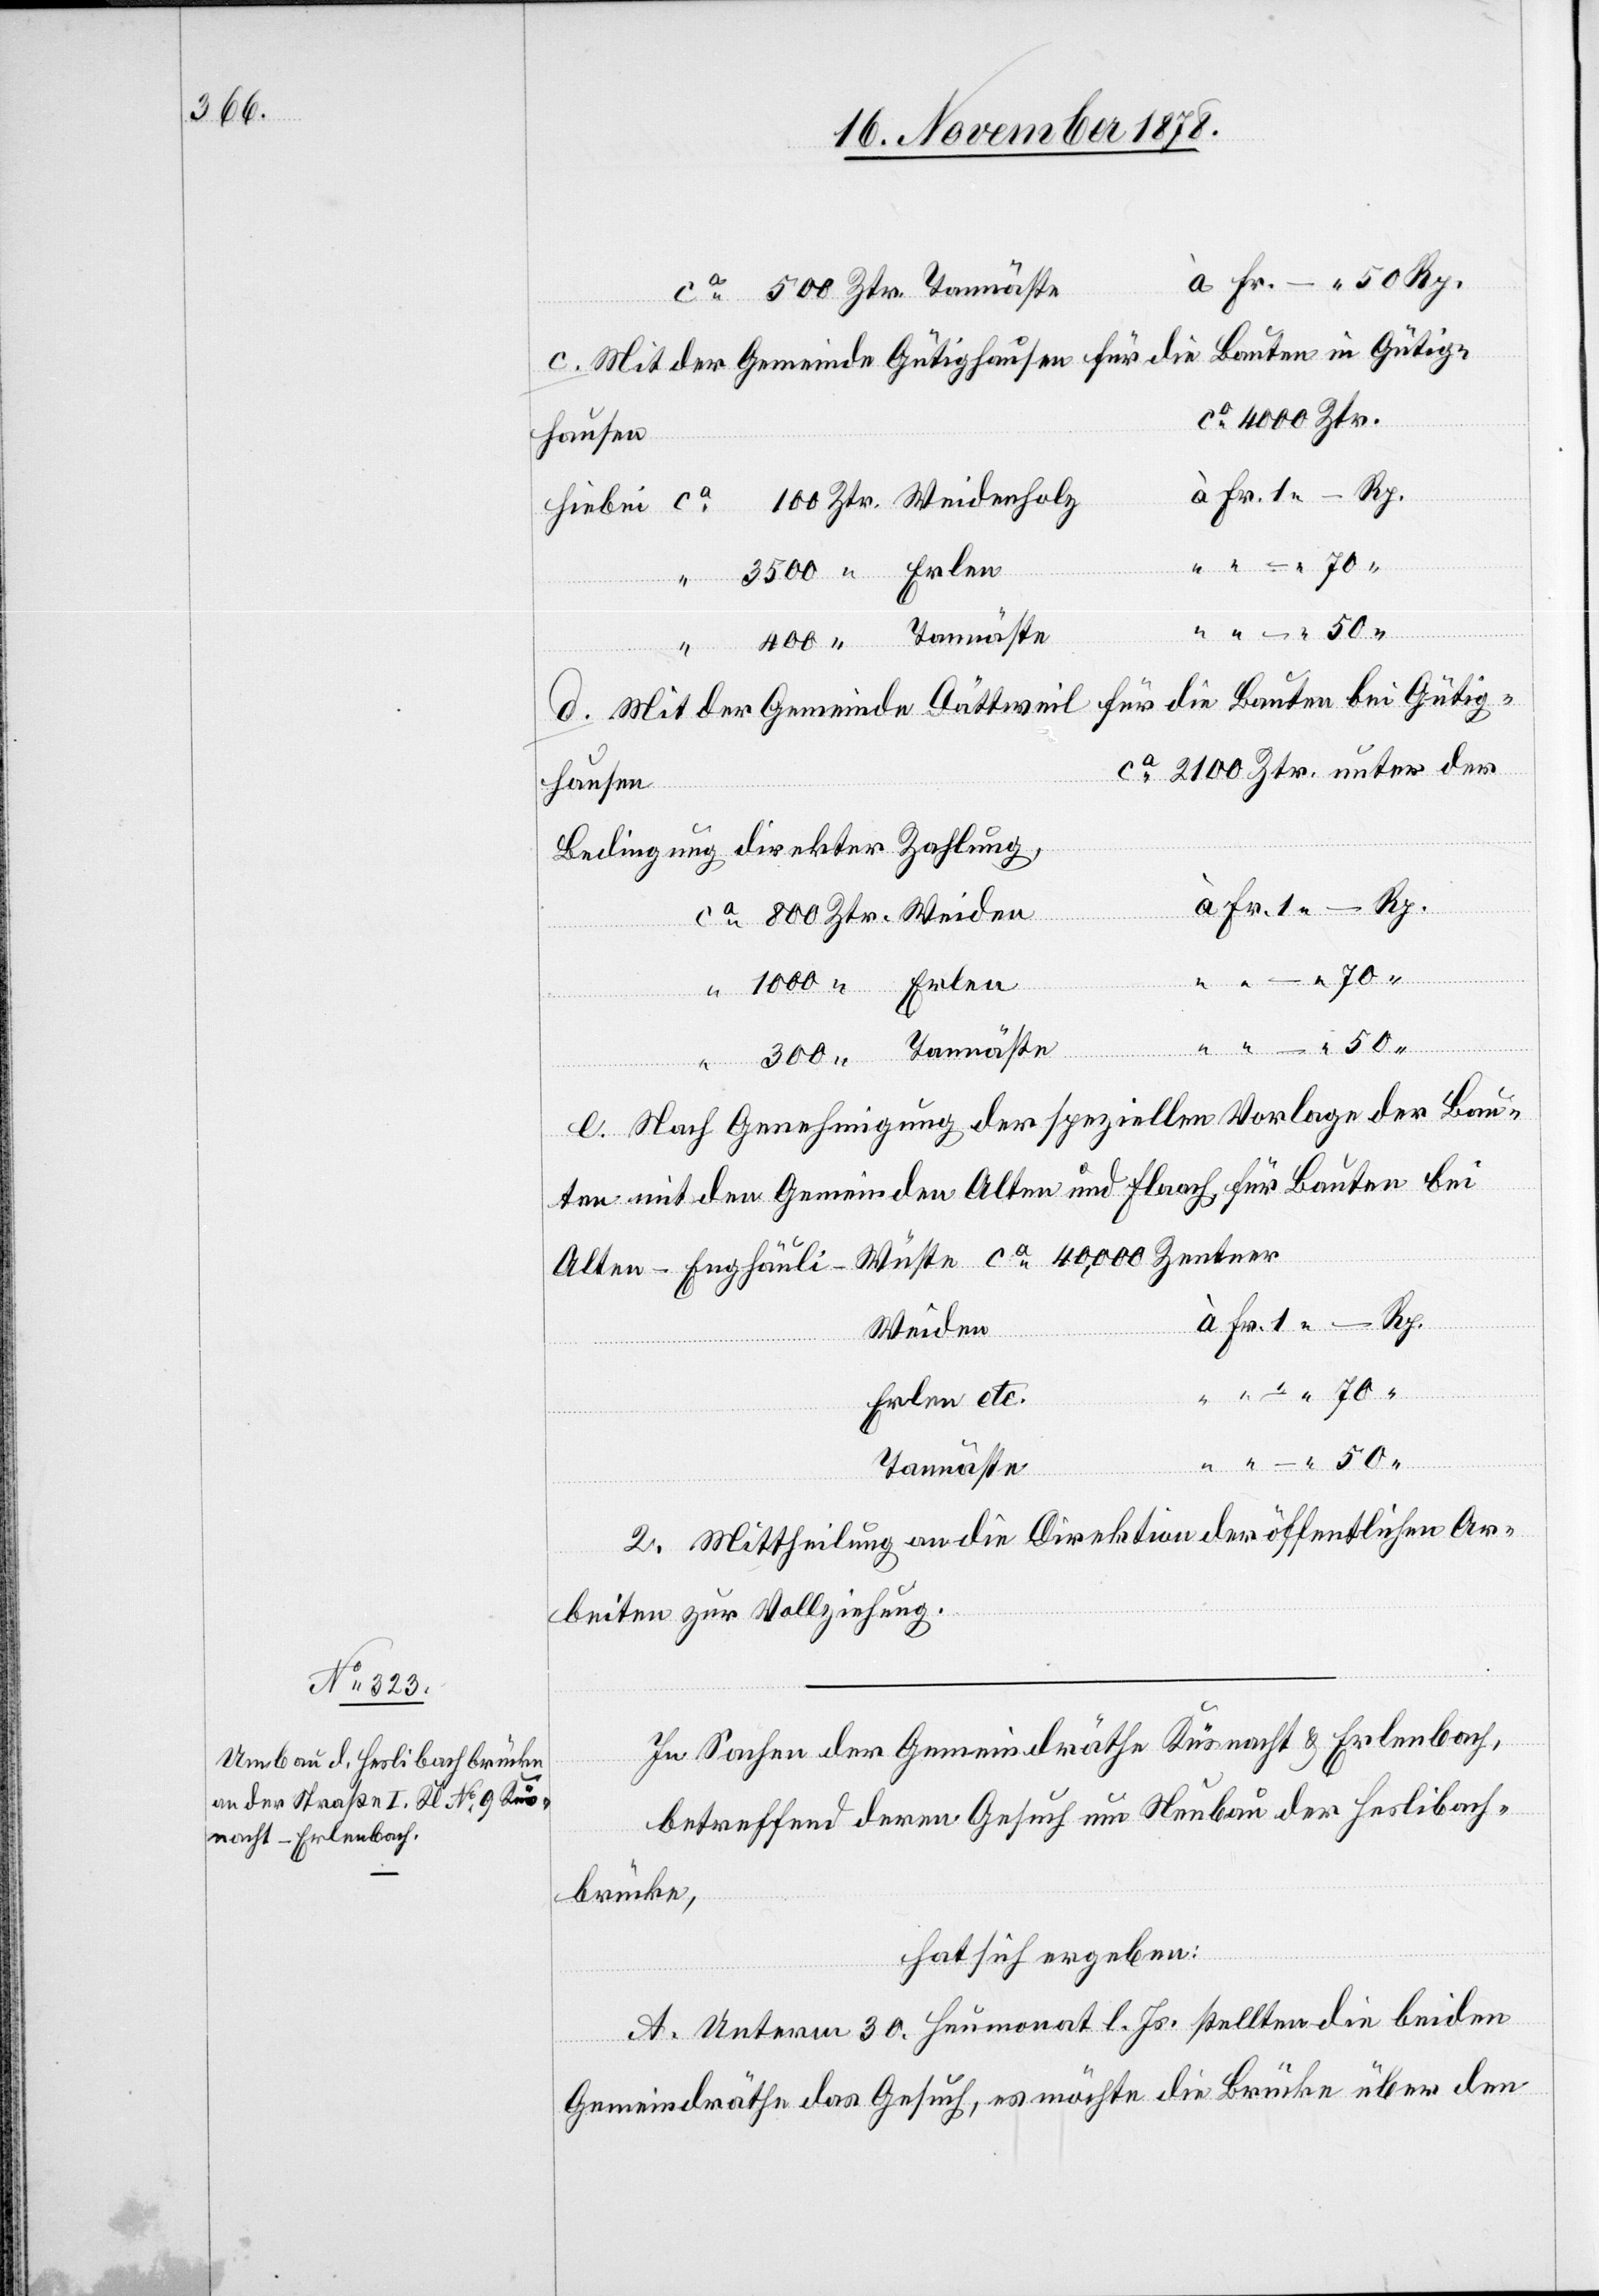
à Fr.– 50 Rp.
Bauten in Gütig¬
c. Mit der Gemeinde Gütighausen für die
ca 2100 Ztr.
à Fr. 1 – Rp.
100 Ztr. Weidenholz
3500 “ Erlen
d. Mit der Gemeinde Dättweil für die Bauten bei Gütig¬
hausen
Bedingung direkter Zahlung
à Fr. 1 – Rp.
“
50
1000 “ Erlen
Tannäste
“
300 “
Ztr.
e. Nach Genehmigung der speziellen Vorlage der Bau¬
ten mit den Gemeinden Alten und Flaach für Bauten bei
Alten - Enghäusli - Wüste ca 40,000 Zentner
Weiden
Erlen etc.
2. Mittheilung an die Direktion der öffentlichen Ar¬
beiten zur Vollziehung.
In Sachen der Gemeindräthe Küsnacht & Erlenbach,
betreffend deren Gesuch um Neubau der Heslibach¬
brücke,
hat sich ergeben:
A. Unterm 30. Heumonat l. Js. stellten die beiden
Gemeindräthe das Gesuch, es möchte die Brücke über den